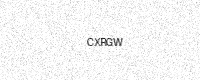
Text: CXRGW